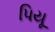
પિયૂ